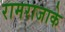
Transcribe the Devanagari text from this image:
रामराजाके